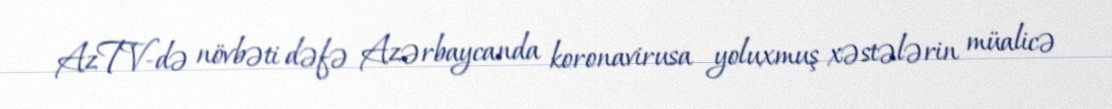
AzTV-də növbəti dəfə Azərbaycanda koronavirusa yoluxmuş xəstələrin müalicə